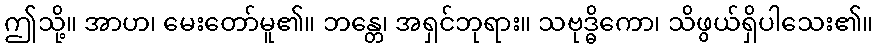
ဤသို့။ အာဟ၊ မေးတော်မူ၏။ ဘန္တေ၊ အရှင်ဘုရား။ သဗုဒ္ဓိကော၊ သိဖွယ်ရှိပါသေး၏။